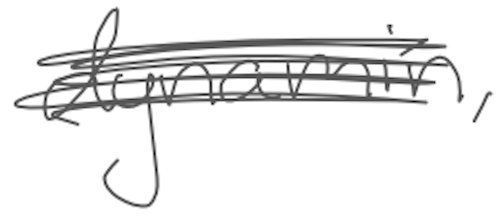
Text: dynamin,
Cross-out: scratch
Writing tool: digital_gray